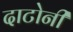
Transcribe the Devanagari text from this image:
दाटोनी